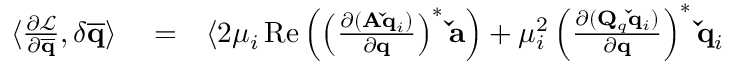
\begin{array} { r l r } { \langle \frac { \partial \mathcal { L } } { \partial \mathbf { \overline { { q } } } } , \delta \mathbf { \overline { { q } } } \rangle } & { { } = } & { \langle 2 \mu _ { i } \operatorname { R e } \left( \left( \frac { \partial ( \mathbf { A } \mathbf { \check { q } } _ { i } ) } { \partial \mathbf { q } } \right) ^ { * } \mathbf { \check { a } } \right) + \mu _ { i } ^ { 2 } \left( \frac { \partial ( \mathbf { Q } _ { q } \mathbf { \check { q } } _ { i } ) } { \partial \mathbf { q } } \right) ^ { * } \mathbf { \check { q } } _ { i } } \end{array}